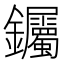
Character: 钃